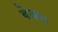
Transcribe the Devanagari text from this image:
बेजरा